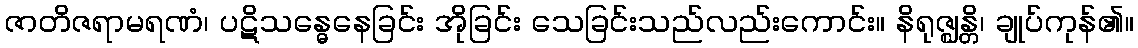
ဇာတိဇရာမရဏံ၊ ပဋိသန္ဓေနေခြင်း အိုခြင်း သေခြင်းသည်လည်းကောင်း။ နိရုဇ္ဈန္တိ၊ ချုပ်ကုန်၏။